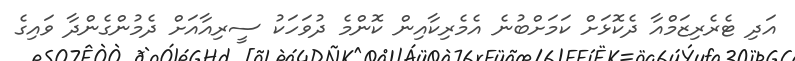
އަދި ޓެރެރިޒަމްއާ ދެކޮޅަށް ކަމަށްބުނެ އެމެރިކާއިން ކޮންމެ ދުވަހަކު ސީރިއާއަށް ދެމުންގެންދާ ވައިގެ